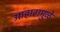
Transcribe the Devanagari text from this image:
आहारामुळे